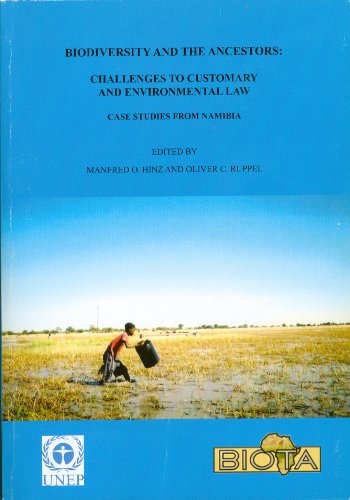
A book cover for Biodiversity And The Ancestors : Challenges to Customary and Environmental Law : Case Studies from Namibia; Law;